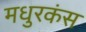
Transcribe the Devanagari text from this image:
मधुरकंस